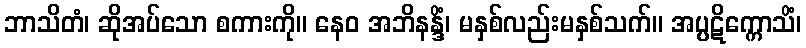
ဘာသိတံ၊ ဆိုအပ်သော စကားကို။ နေဝ အဘိနန္ဒိံ၊ မနှစ်လည်းမနှစ်သက်။ အပ္ပဋိက္ကောသိံ၊